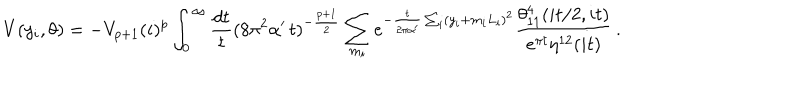
V ( y _ { i } , \theta ) = - V _ { p + 1 } ( i ) ^ { p } \int _ { 0 } ^ { \infty } \frac { d t } { t } ( 8 \pi ^ { 2 } \alpha ^ { \prime } \, t ) ^ { - \frac { p + 1 } { 2 } } \sum _ { m _ { i } } e ^ { - { \frac { t } { 2 \pi \alpha ^ { \prime } } } \sum _ { i } ( y _ { i } + m _ { i } L _ { i } ) ^ { 2 } } \frac { \theta _ { 1 1 } ^ { 4 } ( i t / 2 , i t ) } { e ^ { \pi t } \eta ^ { 1 2 } ( i t ) } \, .